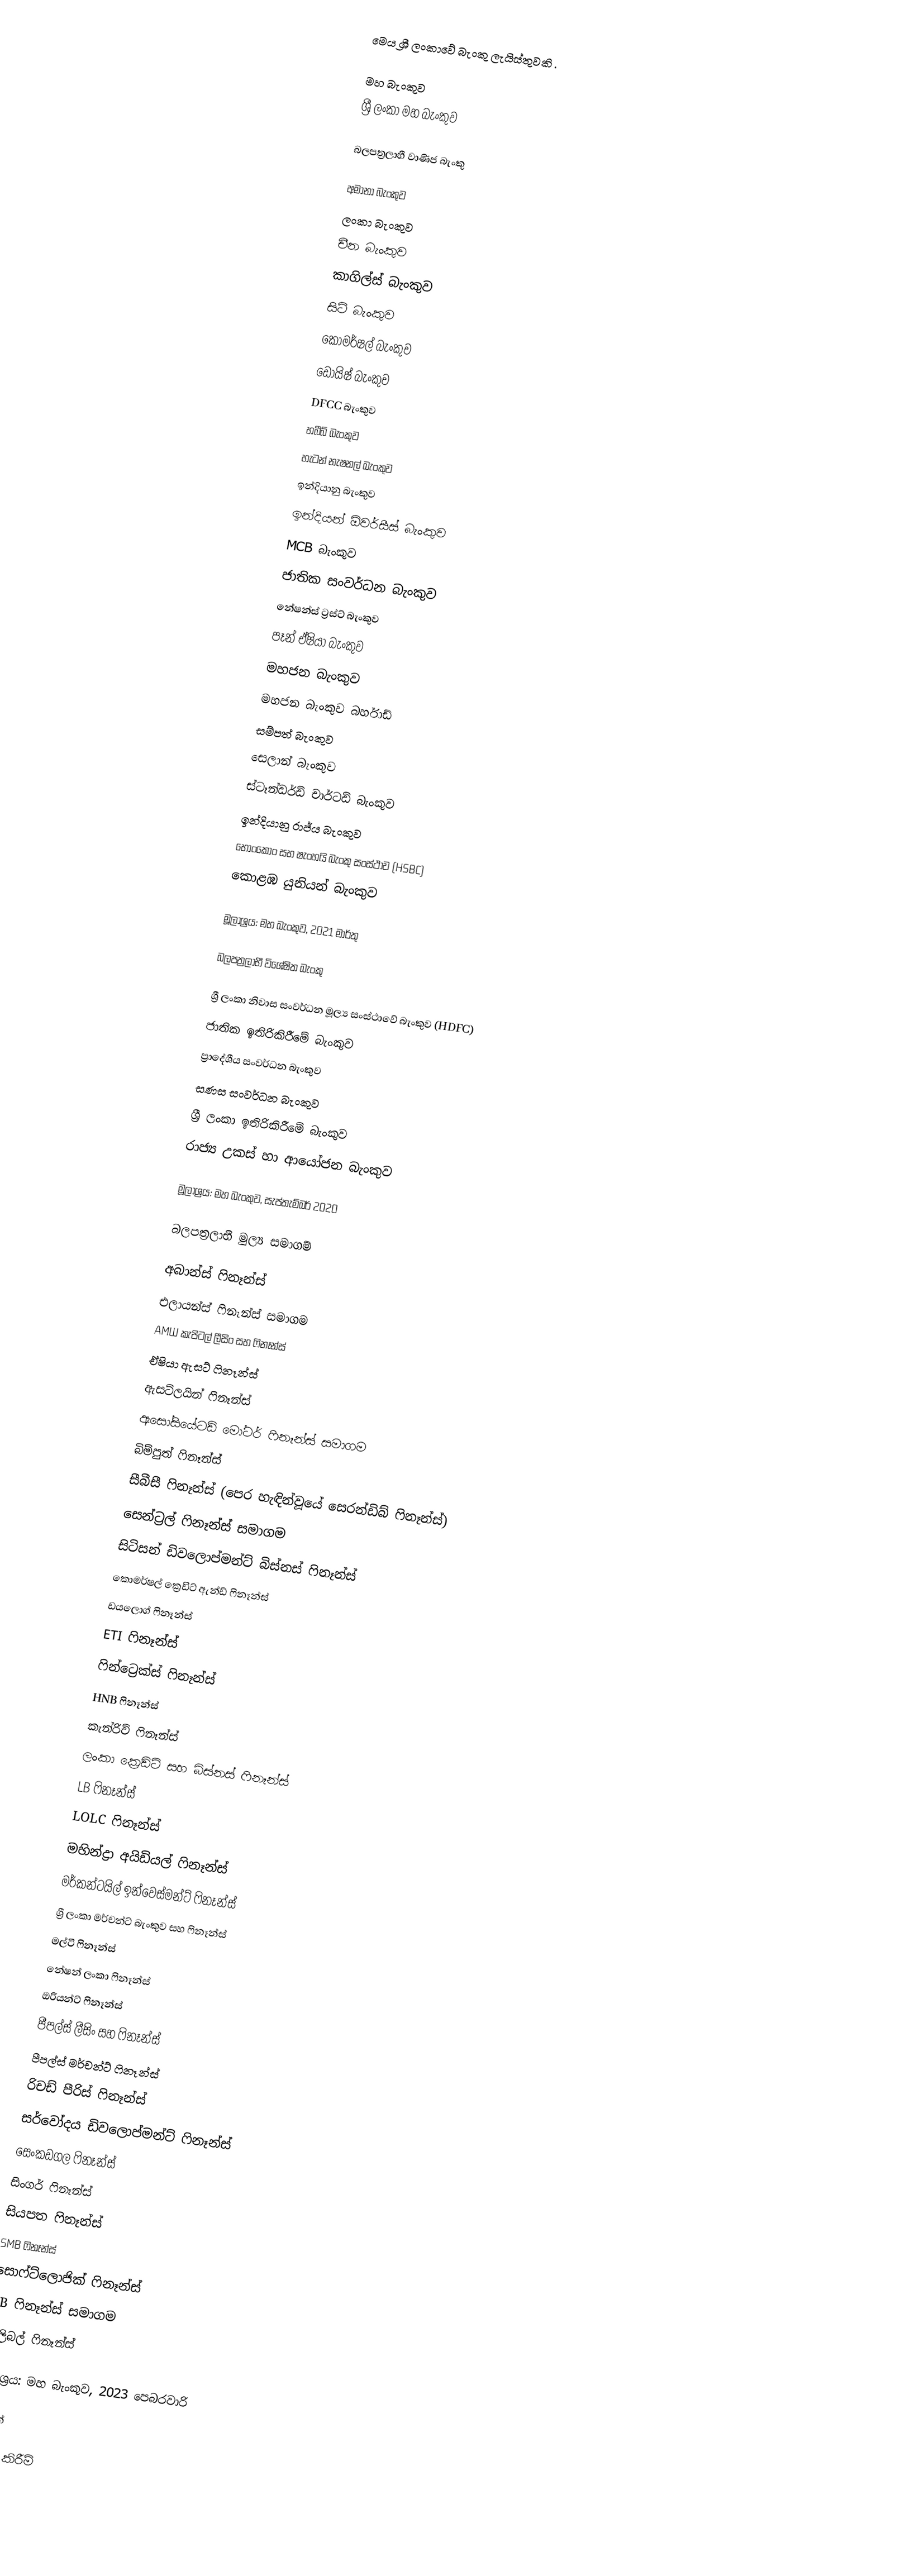
මෙය ශ්‍රී ලංකාවේ බැංකු ලැයිස්තුවකි .

මහ බැංකුව
 ශ්‍රී ලංකා මහ බැංකුව

බලපත්‍රලාභී වාණිජ බැංකු

 අමානා බැංකුව
 ලංකා බැංකුව
 චීන බැංකුව
 කාගිල්ස් බැංකුව
 සිටි බැංකුව
 කොමර්ෂල් බැංකුව
 ඩොයිෂ් බැංකුව
 DFCC බැංකුව
 හබීබ් බැංකුව
 හැටන් නැෂනල් බැංකුව
 ඉන්දියානු බැංකුව
 ඉන්දියන් ඕවර්සීස් බැංකුව
 MCB බැංකුව
 ජාතික සංවර්ධන බැංකුව
 නේෂන්ස් ට්‍රස්ට් බැංකුව
 පෑන් ඒෂියා බැංකුව
 මහජන බැංකුව
 මහජන බැංකුව බර්හාඩ්
 සම්පත් බැංකුව
 සෙලාන් බැංකුව
 ස්ටෑන්ඩර්ඩ් චාර්ටඩ් බැංකුව
 ඉන්දියානු රාජ්ය බැංකුව
 හොංකොං සහ ෂැංහයි බැංකු සංස්ථාව (HSBC)
 කොළඹ යුනියන් බැංකුව

මූලාශ්‍රය: මහ බැංකුව, 2021 මාර්තු

බලපත්‍රලාභී විශේෂිත බැංකු

 ශ්‍රී ලංකා නිවාස සංවර්ධන මූල්‍ය සංස්ථාවේ බැංකුව (HDFC)
 ජාතික ඉතිරිකිරීමේ බැංකුව
 ප්‍රාදේශීය සංවර්ධන බැංකුව
 සණස සංවර්ධන බැංකුව
 ශ්‍රී ලංකා ඉතිරිකිරීමේ බැංකුව
 රාජ්‍ය උකස් හා ආයෝජන බැංකුව

මූලාශ්‍රය: මහ බැංකුව, සැප්තැම්බර් 2020

බලපත්‍රලාභී මුල්‍ය සමාගම්

 අබාන්ස් ෆිනෑන්ස්
 එලායන්ස් ෆිනෑන්ස් සමාගම
 AMW කැපිටල් ලීසිං සහ ෆිනෑන්ස්
 ඒෂියා ඇසට් ෆිනෑන්ස්
 ඇසට්ලයින් ෆිනෑන්ස්
 ඇසෝසියේටඩ් මෝටර් ෆිනෑන්ස් සමාගම
 බිම්පුත් ෆිනෑන්ස්
 සීබීසී ෆිනෑන්ස් (පෙර හැඳින්වූයේ සෙරන්ඩිබ් ෆිනෑන්ස්)
 සෙන්ට්‍රල් ෆිනෑන්ස් සමාගම
 සිටිසන් ඩිවලොප්මන්ට් බිස්නස් ෆිනෑන්ස්
 කොමර්ෂල් ක්‍රෙඩිට් ඇන්ඩ් ෆිනෑන්ස්
 ඩයලොග් ෆිනෑන්ස්
 ETI ෆිනෑන්ස්
 ෆින්ට්‍රෙක්ස් ෆිනෑන්ස්
 HNB ෆිනෑන්ස්
 කැන්රිච් ෆිනෑන්ස්
 ලංකා ක්‍රෙඩිට් සහ බිස්නස් ෆිනෑන්ස්
 LB ෆිනෑන්ස්
 LOLC ෆිනෑන්ස්
 මහින්ද්‍රා අයිඩියල් ෆිනෑන්ස්
 මර්කන්ටයිල් ඉන්වෙස්මන්ට් ෆිනෑන්ස්
 ශ්‍රී ලංකා මර්චන්ට් බැංකුව සහ ෆිනෑන්ස්
 මල්ටි ෆිනෑන්ස්
 නේෂන් ලංකා ෆිනෑන්ස්
 ඔරියන්ට් ෆිනෑන්ස්
 පීපල්ස් ලීසිං සහ ෆිනෑන්ස්
 පීපල්ස් මර්චන්ට් ෆිනෑන්ස්
 රිචඩ් පීරිස් ෆිනෑන්ස්
 සර්වෝදය ඩිවලොප්මන්ට් ෆිනෑන්ස්
 සෙංකඩගල ෆිනෑන්ස්
 සිංගර් ෆිනෑන්ස්
 සියපත ෆිනෑන්ස්
 SMB ෆිනෑන්ස්
 සොෆ්ට්ලොජික් ෆිනෑන්ස්
 UB ෆිනෑන්ස් සමාගම
 වැලිබල් ෆිනෑන්ස්

මූලාශ්‍රය: මහ බැංකුව, 2023 පෙබරවාරි

සටහන්

යොමු කිරීම්